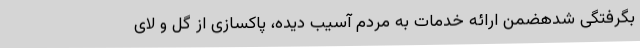
بگرفتگی شدهضمن ارائه خدمات به مردم آسیب دیده، پاکسازی از گل و لای